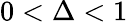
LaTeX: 0<\Delta<1